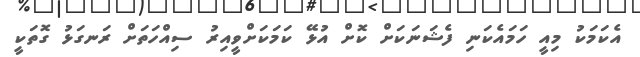
އެކަމަކު މިއީ ހަމައެކަނި ފެޝަނަކަށް ކޮށް އުޅޭ ކަމަކަށްވީއިރު ސިއްހަތަށް ރަނގަޅު ގޮތަކީ